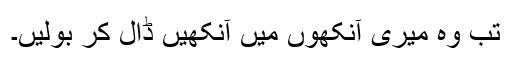
تب وہ میری آنکھوں میں آنکھیں ڈال کر بولیں۔